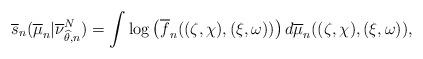
LaTeX: \begin{align*}\overline s_n(\overline \mu_n | \overline \nu_{\widehat\theta, n}^N)= \int \log \left( \overline f_n((\zeta,\chi),(\xi,\omega)) \right) d\overline \mu_n ((\zeta,\chi),(\xi,\omega)), \end{align*}